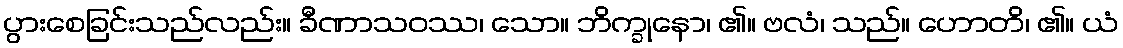
ပွားစေခြင်းသည်လည်း။ ခီဏာသဝဿ၊ သော။ ဘိက္ခုနော၊ ၏။ ဗလံ၊ သည်။ ဟောတိ၊ ၏။ ယံ